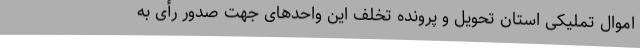
اموال تملیکی استان تحویل و پرونده تخلف این واحدهای جهت صدور رأی به